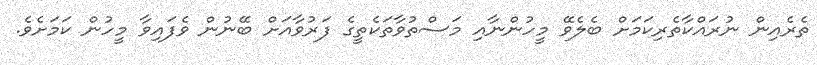
ތެރެއިން ނުރައްކާތެރިކަމަށް ބެލެވޭ މީހުންނާއި މަސްތުވާތަކެތީގެ ފަރުވާއަށް ބޭނުން ވެފައިވާ މީހުން ކަމަށެވެ.